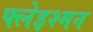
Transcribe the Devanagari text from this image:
फ्लेइश्मन